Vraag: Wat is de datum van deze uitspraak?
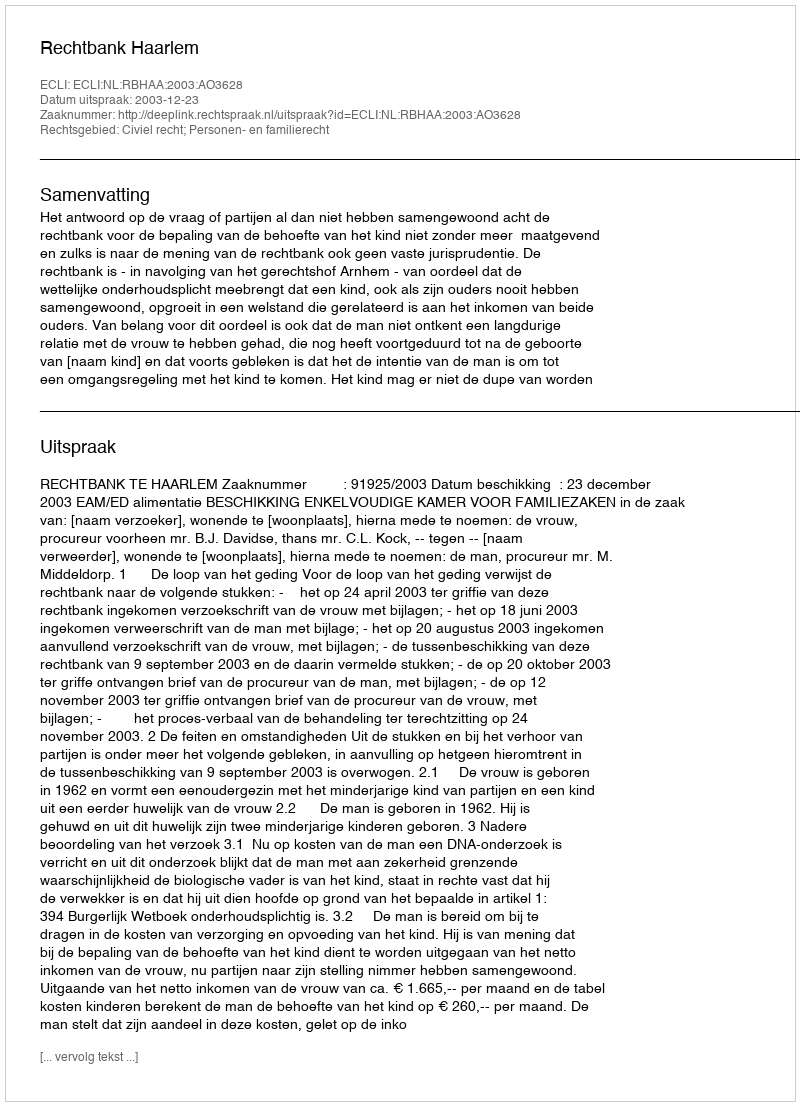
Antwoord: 2003-12-23